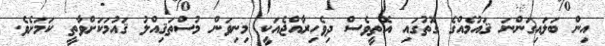
އިން ބަަލައިގަންނަ ޤައުމެއްގެ ގޮތުގައި އޮތީވެސް ދިވެހިރާއްޖެއަކީ މިނިވަން މުސްތަޤިއްލު ޤައުމަކަށްވާތީ ކަަމަށެވެ.